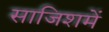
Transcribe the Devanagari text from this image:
साजिशमें